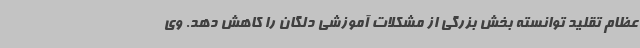
عظام تقلید توانسته بخش بزرگی از مشکلات آموزشی دلگان را کاهش دهد. وی